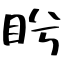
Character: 盻